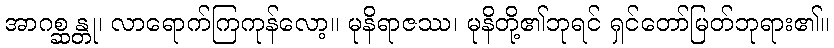
အာဂစ္ဆန္တု၊ လာရောက်ကြကုန်လော့။ မုနိရာဇဿ၊ မုနိတို့၏ဘုရင် ရှင်တော်မြတ်ဘုရား၏။